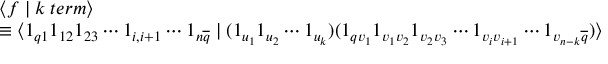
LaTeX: \begin{array} { l } { { \langle f \mid k \; t e r m \rangle } } \\ { { \equiv \langle 1 _ { q 1 } 1 _ { 1 2 } 1 _ { 2 3 } \cdots 1 _ { i , i + 1 } \cdots 1 _ { n \overline { { { q } } } } \mid ( 1 _ { u _ { 1 } } 1 _ { u _ { 2 } } \cdots 1 _ { u _ { k } } ) ( 1 _ { q v _ { 1 } } 1 _ { v _ { 1 } v _ { 2 } } 1 _ { v _ { 2 } v _ { 3 } } \cdots 1 _ { v _ { i } v _ { i + 1 } } \cdots 1 _ { v _ { n - k } \overline { { { q } } } } ) \rangle \ } } \end{array}